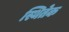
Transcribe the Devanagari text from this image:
स्थितेक